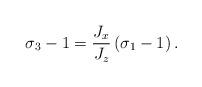
LaTeX: \begin{align*}\sigma_{3}-1=\frac{J_{x}}{J_{z}}\left( \sigma_{1}-1\right) .\end{align*}